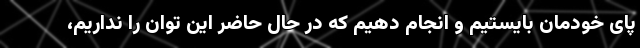
پای خودمان بایستیم و انجام دهیم که در حال حاضر این توان را نداریم،